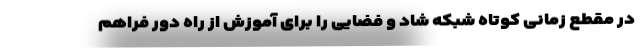
در مقطع زمانی کوتاه شبکه شاد و فضایی را برای آموزش از راه دور فراهم